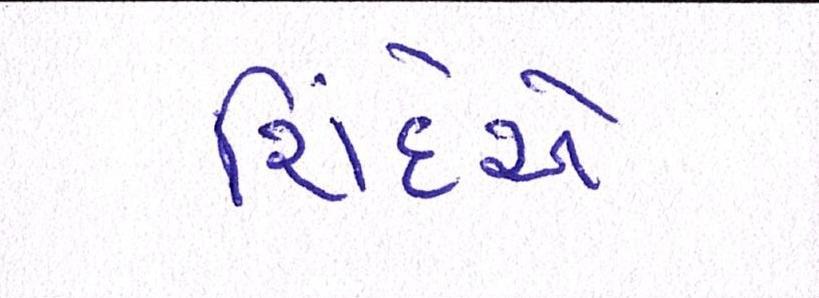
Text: શિંદેએ